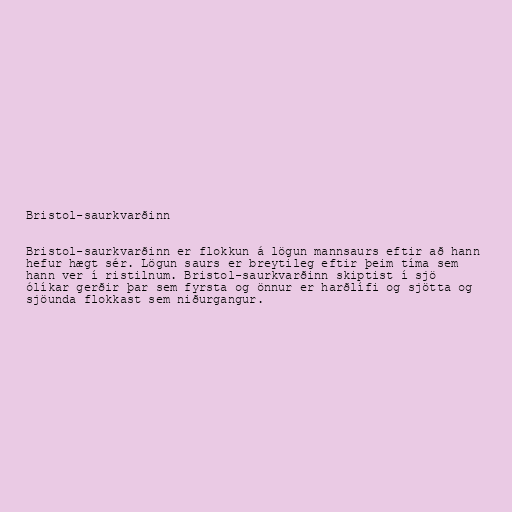
Bristol-saurkvarðinn

Bristol-saurkvarðinn er flokkun á lögun mannsaurs eftir að hann
hefur hægt sér. Lögun saurs er breytileg eftir þeim tíma sem
hann ver í ristilnum. Bristol-saurkvarðinn skiptist í sjö
ólíkar gerðir þar sem fyrsta og önnur er harðlífi og sjötta og
sjöunda flokkast sem niðurgangur.